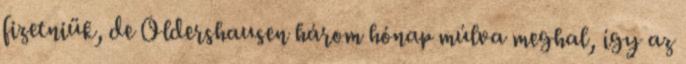
fizetniük, de Oldershausen három hónap múlva meghal, így az